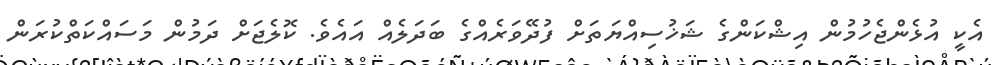
އެކީ އުޅެންޖެހުމުން އިޝްކަންގެ ޝަޚުސިއްޔަތަށް ފުދޭވަރެއްގެ ބަދަލެއް އައެވެ. ކޮލެޖަށް ދަމުން މަސައްކަތްކުރަން